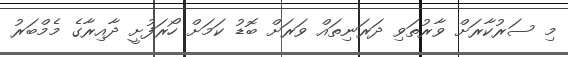
މި ސަރުކާރަށް ވާރުތަވި ދަރަނިތައް ވަރަށް ބޮޑު ކަމަށް ހޯރަފުށީ ދާއިރާގެ މެމްބަރު